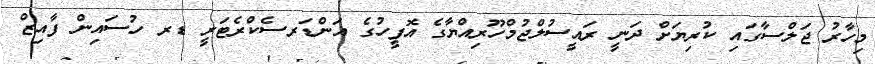
މިހާރު ޖަލްސާގައި ކުރިޔަށް ދަނީ ރައީސުލްޖުމްހޫރިއްޔާގެ އޮފީހުގެ އަންޑަރސެކްރެޓަރީ ޑރ ހުސައިން ފާއިޒް